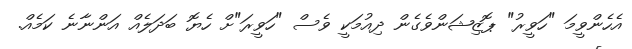
އެހެންވީމަ "ހަވީރު" ޕޮޒިޝަންވެގެން ދިއުމަކީ ވެސް "ހަވީރަ"ށް ހެޔޮ ބަދަލެއް އަންނާނެ ކަމެއް.